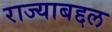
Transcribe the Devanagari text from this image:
राज्याबद्दल